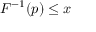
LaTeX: F ^ { - 1 } ( p ) \leq x